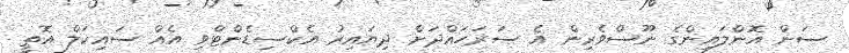
ސަން އޮންލައިންގެ ނޫސްވެރިން އެ ސަރަހައްދަށް ދިޔައިރު އެކްސިޑެންޓްވި އެއް ސައިކަލް އޮތީ